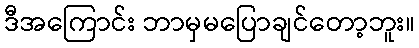
ဒီအကြောင်း ဘာမှမပြောချင်တော့ဘူး။